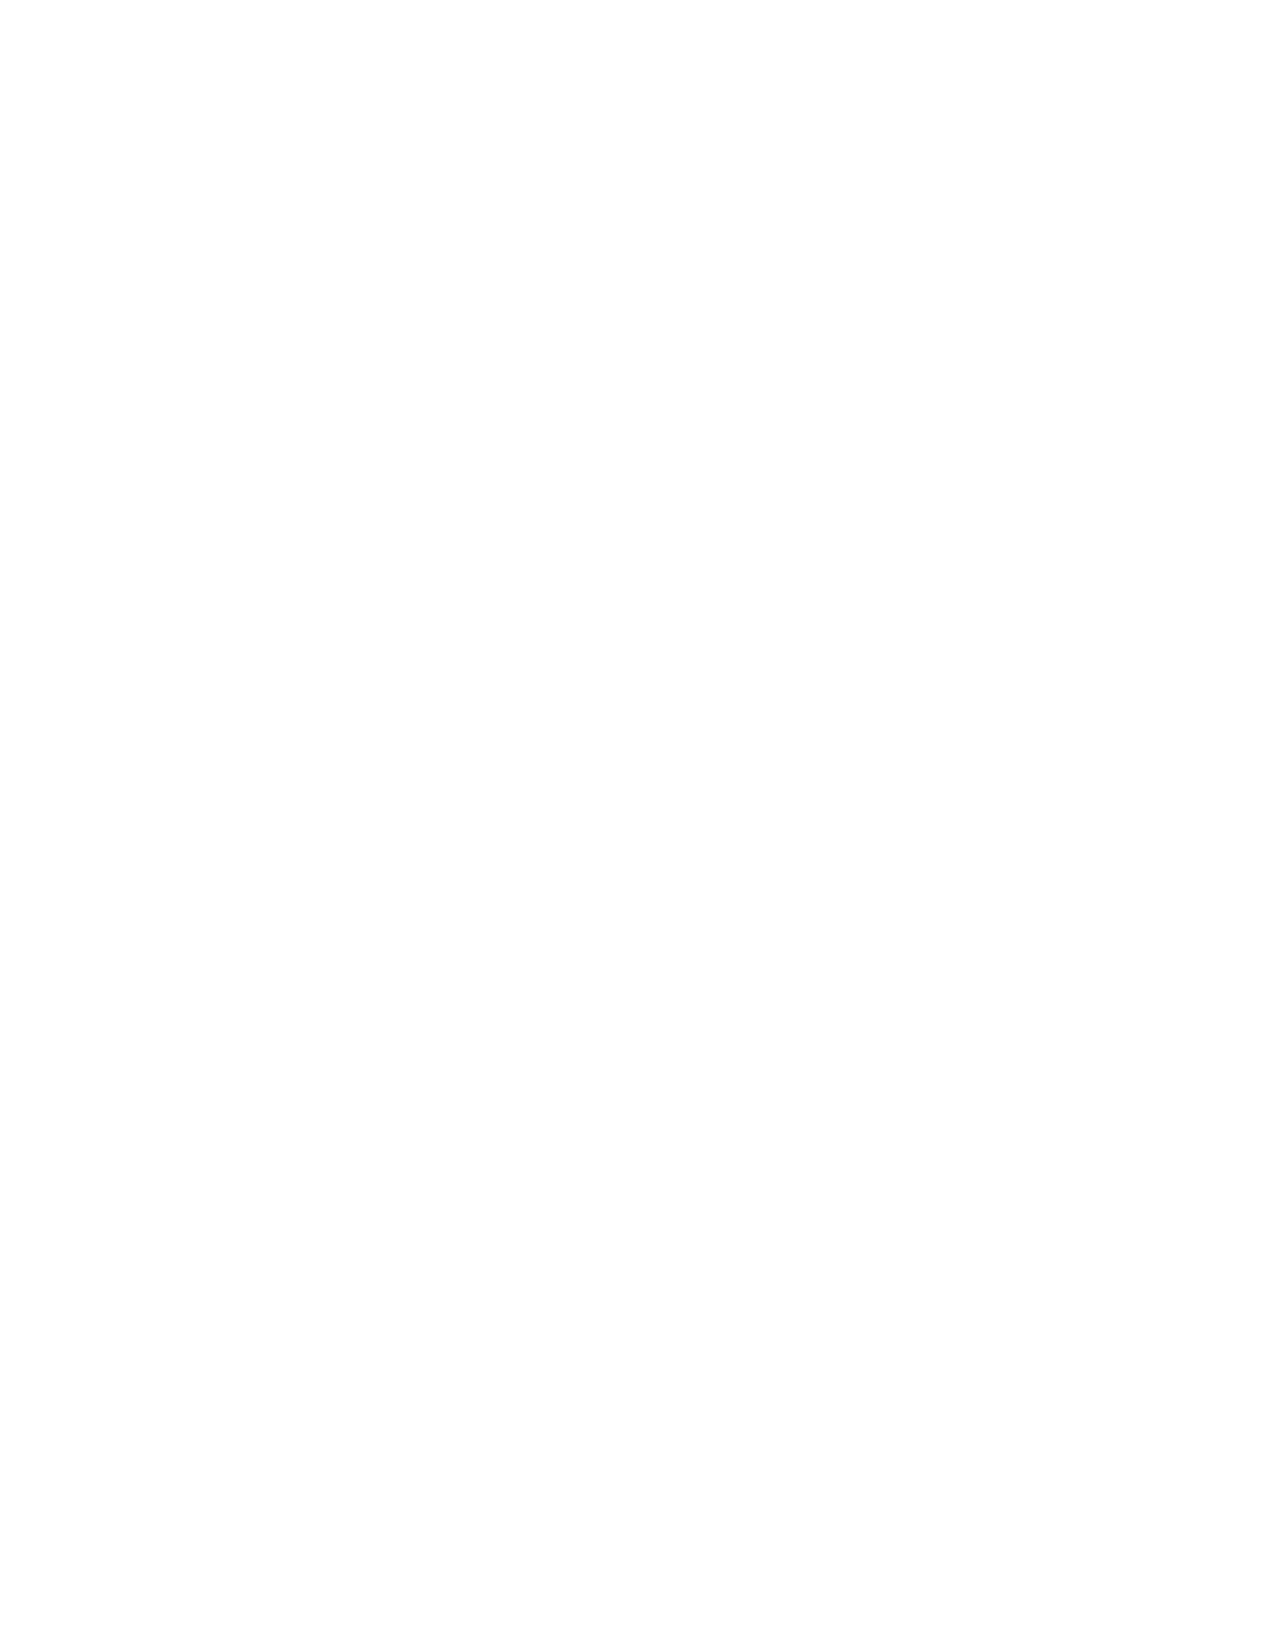
VerDate Apr 14 2004 11:04 Apr 14, 2004 Jkt 077500 PO 00000 Frm 00002 Fmt 8221 Sfmt 8221 C:\CONAN\CON035.XXX PRFM99 PsN: CON035